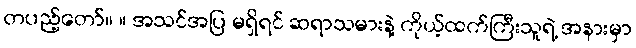
တပည့်တော်။ ။ အသင်အပြ မရှိရင် ဆရာသမားနဲ့ ကိုယ့်ထက်ကြီးသူရဲ့ အနားမှာ